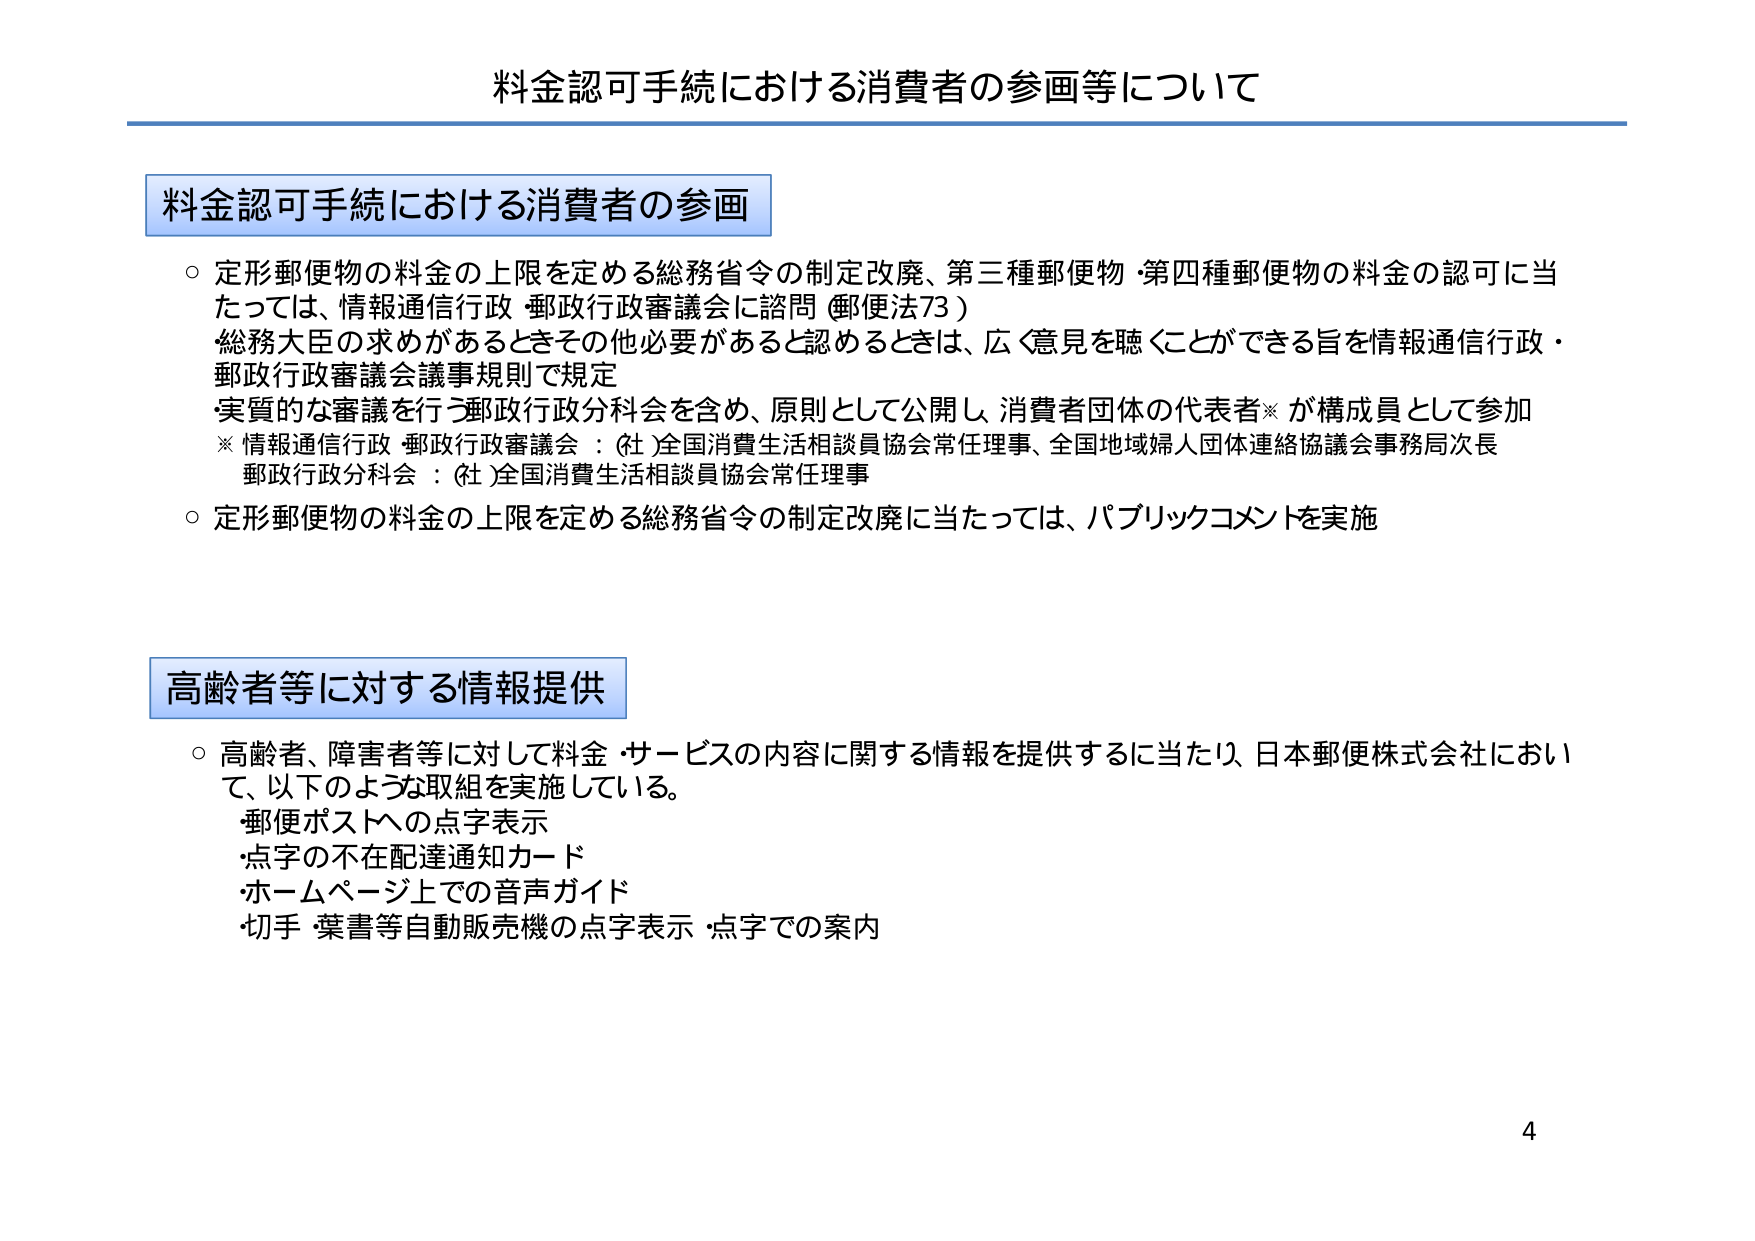
料金認可手続における消費者の参画等について

料金認可手続における消費者の参画
○ 定形郵便物の料金の上限を定める総務省令の制定改廃、第三種郵便物・第四種郵便物の料金の認可に当たっては、情報通信行政・郵政行政審議会に諮問（郵便法73）
　総務大臣の求めがあるときその他必要があると認めるときは、広く意見を聴くことができる旨を情報通信行政・郵政行政審議会議事規則で規定
　・実質的な審議を行う郵政行政分科会を含め、原則として公開し、消費者団体の代表者※が構成員として参加
　※ 情報通信行政・郵政行政審議会：(社)全国消費生活相談員協会常任理事、全国地域婦人団体連絡協議会事務局次長
　　郵政行政分科会：(社)全国消費生活相談員協会常任理事
○ 定形郵便物の料金の上限を定める総務省令の制定改廃に当たっては、パブリックコメントを実施

高齢者等に対する情報提供
○ 高齢者、障害者等に対して料金・サービスの内容に関する情報を提供するに当たり、日本郵便株式会社において、以下のような取組を実施している。
　・郵便ポストへの点字表示
　・点字の不在配達通知カード
　・ホームページ上での音声ガイド
　・切手・葉書等自動販売機の点字表示・点字での案内

4